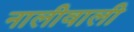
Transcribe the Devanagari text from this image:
नालीवाली